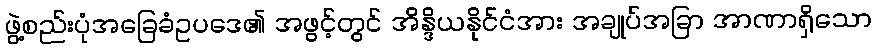
ဖွဲ့စည်းပုံအခြေခံဥပဒေ၏ အဖွင့်တွင် အိန္ဒိယနိုင်ငံအား အချုပ်အခြာ အာဏာရှိသော